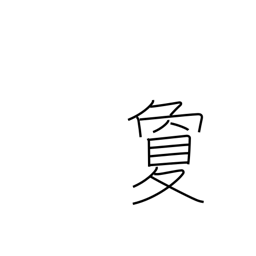
Meaning: far